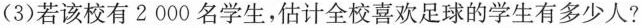
(3)若该校有2000名学生，估计全校喜欢足球的学生有多少人?